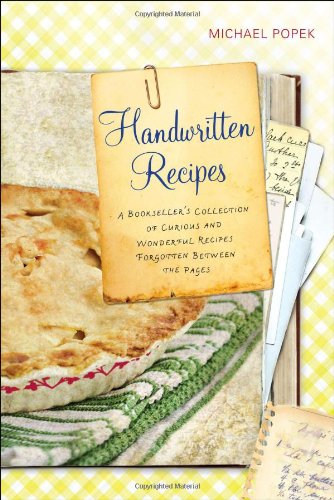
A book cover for Handwritten Recipes: A Bookseller's Collection of Curious and Wonderful Recipes Forgotten Between the  Pages; Michael Popek; Crafts, Hobbies & Home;